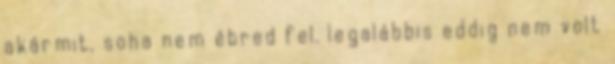
akármit, soha nem ébred fel. legalábbis eddig nem volt